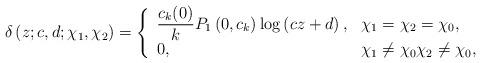
LaTeX: \begin{align*}\delta\left( z;c,d;\chi_{1},\chi_{2}\right) =\left\{\begin{array}[c]{ll}\dfrac{c_{k}(0)}{k}P_{1}\left( 0,c_{k}\right) \log\left( cz+d\right) , &\chi_{1}=\chi_{2}=\chi_{0},\\0, & \chi_{1}\not =\chi_{0}\chi_{2}\not =\chi_{0}\mathbf{,}\end{array}\right. \end{align*}